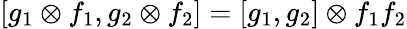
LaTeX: [g_{1}\otimes f_{1},g_{2}\otimes f_{2}]=[g_{1},g_{2}]\otimes f_{1}f_{2}